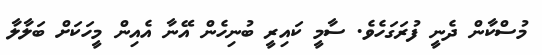
މުސްކާން ދެނީ ފުރަގަހެވެ. ސާމީ ކައިރީ ބުނިހެން އޭނާ އެއިން މީހަކަށް ބަލާލާ